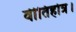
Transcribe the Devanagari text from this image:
वीतिहोत्र।